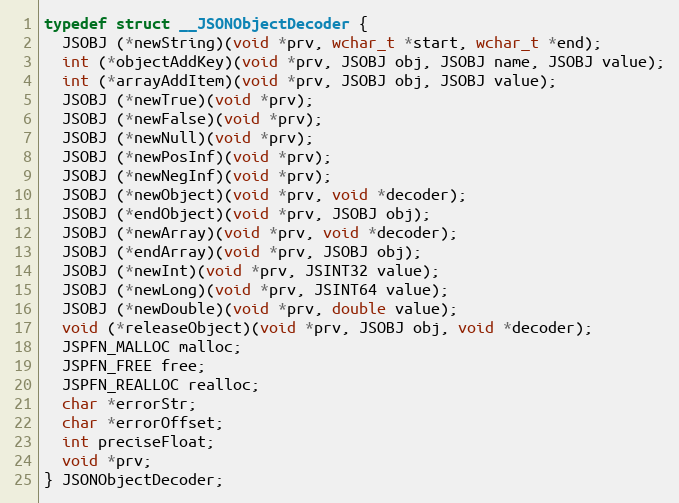
Language: C
typedef struct __JSONObjectDecoder {
  JSOBJ (*newString)(void *prv, wchar_t *start, wchar_t *end);
  int (*objectAddKey)(void *prv, JSOBJ obj, JSOBJ name, JSOBJ value);
  int (*arrayAddItem)(void *prv, JSOBJ obj, JSOBJ value);
  JSOBJ (*newTrue)(void *prv);
  JSOBJ (*newFalse)(void *prv);
  JSOBJ (*newNull)(void *prv);
  JSOBJ (*newPosInf)(void *prv);
  JSOBJ (*newNegInf)(void *prv);
  JSOBJ (*newObject)(void *prv, void *decoder);
  JSOBJ (*endObject)(void *prv, JSOBJ obj);
  JSOBJ (*newArray)(void *prv, void *decoder);
  JSOBJ (*endArray)(void *prv, JSOBJ obj);
  JSOBJ (*newInt)(void *prv, JSINT32 value);
  JSOBJ (*newLong)(void *prv, JSINT64 value);
  JSOBJ (*newDouble)(void *prv, double value);
  void (*releaseObject)(void *prv, JSOBJ obj, void *decoder);
  JSPFN_MALLOC malloc;
  JSPFN_FREE free;
  JSPFN_REALLOC realloc;
  char *errorStr;
  char *errorOffset;
  int preciseFloat;
  void *prv;
} JSONObjectDecoder;